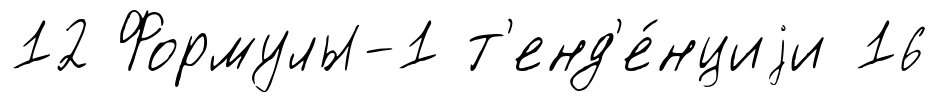
12 Формулы-1 т'енд'е́нциjи 16